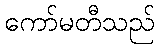
ကော်မတီသည်